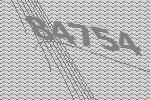
84754